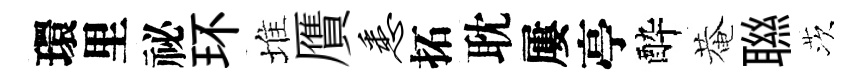
環里祕环堆贋悉拓耽屢亭酔菴聮茨